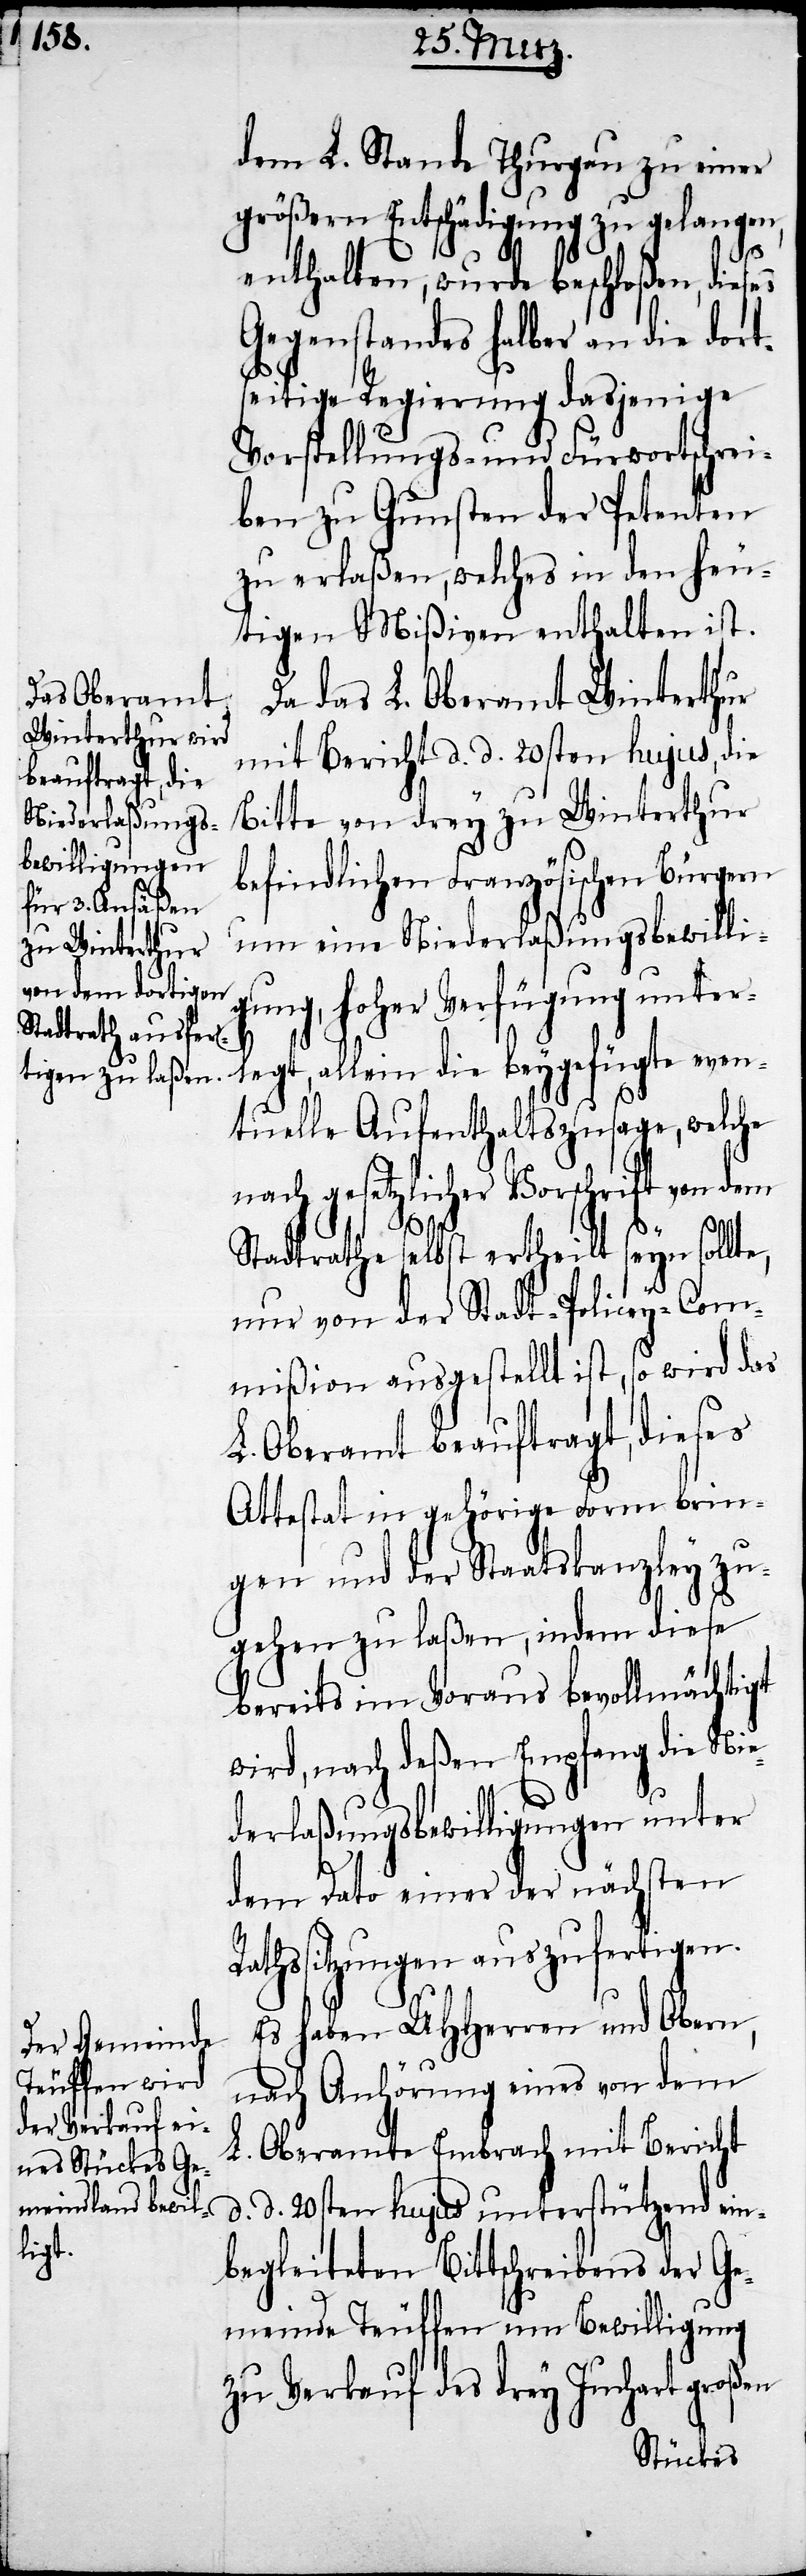
dem L. Stande Thurgau zu einer
größern Entschädigung zu gelangen,
enthalten, wurde beschloßen, dieses
Gegenstandes halber an die dort¬
seitige Regierung dasjenige
Vorstellungs- und Fürwortschrei¬
ben zu Gunsten der Petenten
zu erlaßen, welches in den heu¬
tigen Mißiven enthalten ist.
Da das L. Oberamt Winterthur
mit Bericht d. d. 20sten hujus, die
Bitte von drey zu Winterthur
befindlichen Französischen Bürgern
um eine Niederlaßungsbewilli¬
gung, hoher Verfügung unterl¬
egt, allein die beygefügte even¬
tuelle Aufenthaltszusage, welche
nach gesetzlicher Vorschrift von dem
Stadtrathe selbst ertheilt seyn sollte,
nur von der Stadt-Policey-Com¬
mißion ausgestellt ist, so wird das
L. Oberamt beauftragt, dieses
Attestat in gehörige Form brin¬
gen und der Staatskanzley zu¬
gehen zu laßen, indem diese
bereits im Voraus bevollmächtigt
wird, nach deßen Empfang die Nie¬
derlaßungsbewilligungen unter
dem Dato einer der nächsten R¬
athssitzungen auszufertigen.
Es haben UHHerren und Obern,
nach Anhörung eines von dem
L. Oberamte Embrach mit Bericht
d. d. 20sten hujus unterstützend ein¬
begleiteten Bittschreibens der Ge¬
meinde Teuffen um Bewilligung
zu Verkauf des drey Juchart großen